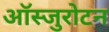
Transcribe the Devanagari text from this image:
ऑस्जुरोटन